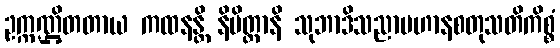
ဥက္ကဏ္ဌိတတာယ ကထနန္တိ နိမိတ္တာနိ သုဘာဒိသညာပဟာနစတုသတိကိစ္စံ